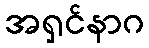
အရှင်နာဂ